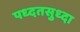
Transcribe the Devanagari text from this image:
पध्दतसुध्दा